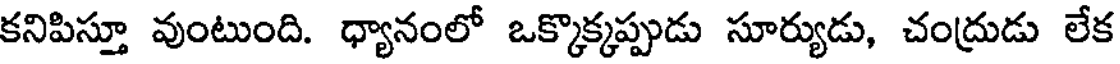
కనిపిస్తూ వుంటుంది. ధ్యానంలో ఒక్కొక్కప్పుడు సూర్యుడు, చంద్రుడు లేక